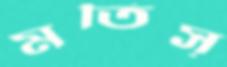
মতিস্